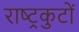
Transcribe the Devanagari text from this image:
राष्‍ट्रकुटों